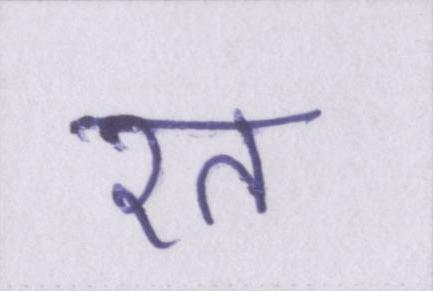
रत